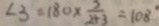
\angle 3 = 1 8 0 \times \frac { 3 } { 2 + 3 } = 1 0 8 ^ { \circ }